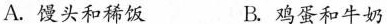
A. 馒头和稀饭 B. 鸡蛋和牛奶